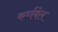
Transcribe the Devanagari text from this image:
कर्णबेल